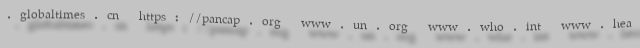
.globaltimes.cn https://pancap.org www.un.org www.who.int www.hea